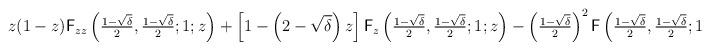
LaTeX: \begin{align*}z(1-z)\mathsf{F}_{zz}\left(\tfrac{1-\sqrt{\delta}}{2},\tfrac{1-\sqrt{\delta}}{2};1 ;z\right)+\left[1-\left(2-\sqrt{\delta}\right)z\right] \mathsf{F}_z\left(\tfrac{1-\sqrt{\delta}}{2},\tfrac{1-\sqrt{\delta}}{2};1 ;z\right)-\left(\tfrac{1-\sqrt{\delta}}{2}\right)^2 \mathsf{F}\left(\tfrac{1-\sqrt{\delta}}{2},\tfrac{1-\sqrt{\delta}}{2};1 ;z\right)=0.\end{align*}